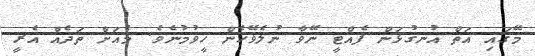
މޭގައި އަތް އުނގުޅަން ފެއްޓީ ނޭވާ ނުލެވޭހެން ހީވުމުނެވެ. މެއަށް ތަދެއް އެރީ